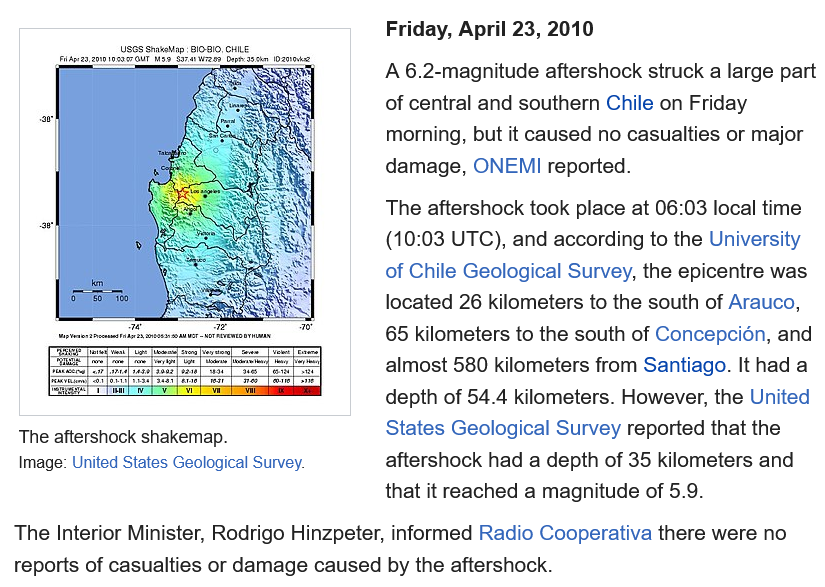
A 6.2-magnitude aftershock struck a large part
     of central and southern Chile on Friday
     morning, but it caused no casualties or major
     damage, ONEMI reported.
     The aftershock took place at 06:03 local time
     (10:03 UTC), and according to the University
     of Chile Geological Survey, the epicentre was
     located 26 kilometers to the south of Arauco,
     65 kilometers to the south of Concepcién, and
     almost 580 kilometers from Santiago. It had a
     depth of 54.4 kilometers. However, the United
     States Geological Survey reported that the
     aftershock had a depth of 35 kilometers and
     that it reached a magnitude of 5.9.
  The Interior Minister, Rodrigo Hinzpeter, informed Radio Cooperativa there were no
  reports of casualties or damage caused by the aftershock.
     USGS smatallap 810910, CHE

     Friday, April 23, 2010
  The aftershock shakemap.
  Image: United States Geological Survey.